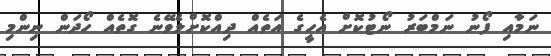
ނަމާއި ފޯނު ނަމްބަރު ނޯޓުކޮށް އެހީގެ އަތެއް ދިއްކޮށްލެވޭނެ ގޮތެއް ހޯދަން ނިންމި